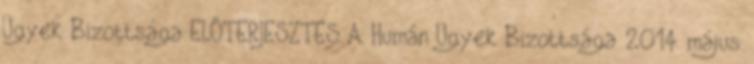
Ügyek Bizottsága ELŐTERJESZTÉS A Humán Ügyek Bizottsága 2014. május